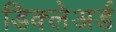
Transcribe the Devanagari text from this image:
डिक्‍लेअर्ड